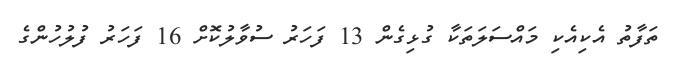
ތަފާތު އެކިއެކި މައްސަލަތަކާ ގުޅިގެން 13 ފަހަރު ސުވާލުކޮށް 16 ފަހަރު ފުލުހުންގެ